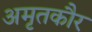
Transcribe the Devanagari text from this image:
अमृतकौर